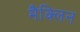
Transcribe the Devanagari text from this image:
मैक्लिन